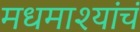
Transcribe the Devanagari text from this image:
मधमाश्यांचं